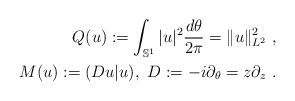
LaTeX: \begin{align*}&&Q(u):=\int_{\mathbb{S}^1}|u|^2 \frac{d\theta}{2\pi}=\|u\|_{L^2}^2\ ,\\&&M(u):=(Du|u),\ D:=-i\partial_\theta=z\partial_z\ .\end{align*}